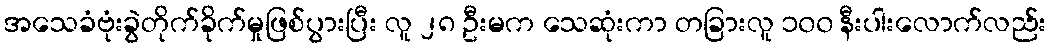
အသေခံဗုံးခွဲတိုက်ခိုက်မှုဖြစ်ပွားပြီး လူ ၂၈ ဦးမက သေဆုံးကာ တခြားလူ ၁၀၀ နီးပါးလောက်လည်း